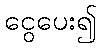
ငွေပေး၍